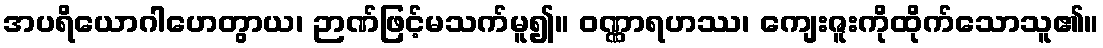
အပရိယောဂါဟေတွာယ၊ ဉာဏ်ဖြင့်မသက်မူ၍။ ဝဏ္ဏာရဟဿ၊ ကျေးဇူးကိုထိုက်သောသူ၏။